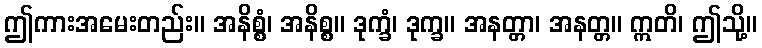
ဤကားအမေးတည်း။ အနိစ္စံ၊ အနိစ္စ။ ဒုက္ခံ၊ ဒုက္ခ။ အနတ္တာ၊ အနတ္တ။ ဣတိ၊ ဤသို့။